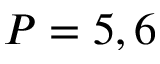
P = 5 , 6